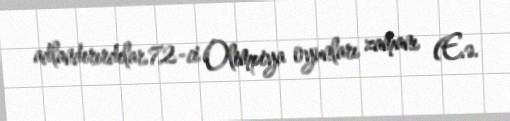
adlandırırdılar.72-ci Olimpiya oyunları zamanı (E.ə.